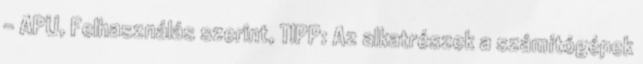
- APU, Felhasználás szerint, TIPP: Az alkatrészek a számítógépek